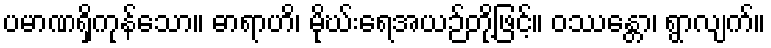
ပမာဏရှိကုန်သော။ ဓာရာဟိ၊ မိုဃ်းရေအယဉ်တို့ဖြင့်။ ဝဿန္တော၊ ရွာလျက်။